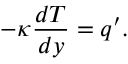
- \kappa \frac { d T } { d y } = q ^ { \prime } .